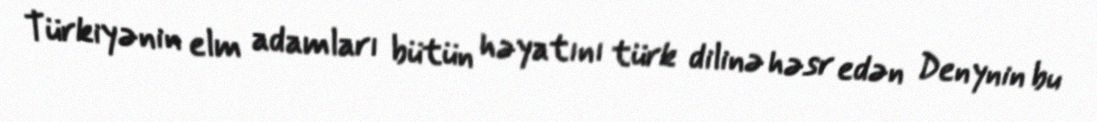
Türkiyənin elm adamları bütün həyatını türk dilinə həsr edən Denynin bu